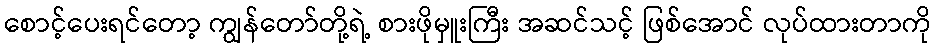
စောင့်ပေးရင်တော့ ကျွန်တော်တို့ရဲ့ စားဖိုမှူးကြီး အဆင်သင့် ဖြစ်အောင် လုပ်ထားတာကို